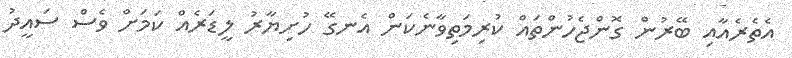
އެތެރެއާއި ބޭރުން ގޮންޖެހުންތައް ކުރިމަތިވާނެކަން އެނގޭ ހުށިޔާރު ލީޑަރެއް ކަމަށް ވެސް ސައީދު